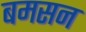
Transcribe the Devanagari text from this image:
बमसन